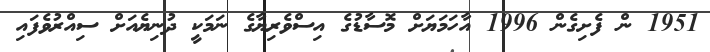
1951 ން ފެށިގެން 1996 އާހަމަޔަށް މޮސާޑުގެ އިސްވެރިޔާގެ ނަމަކީ ދުނިޔެއަށް ސިއްރުވެފައި